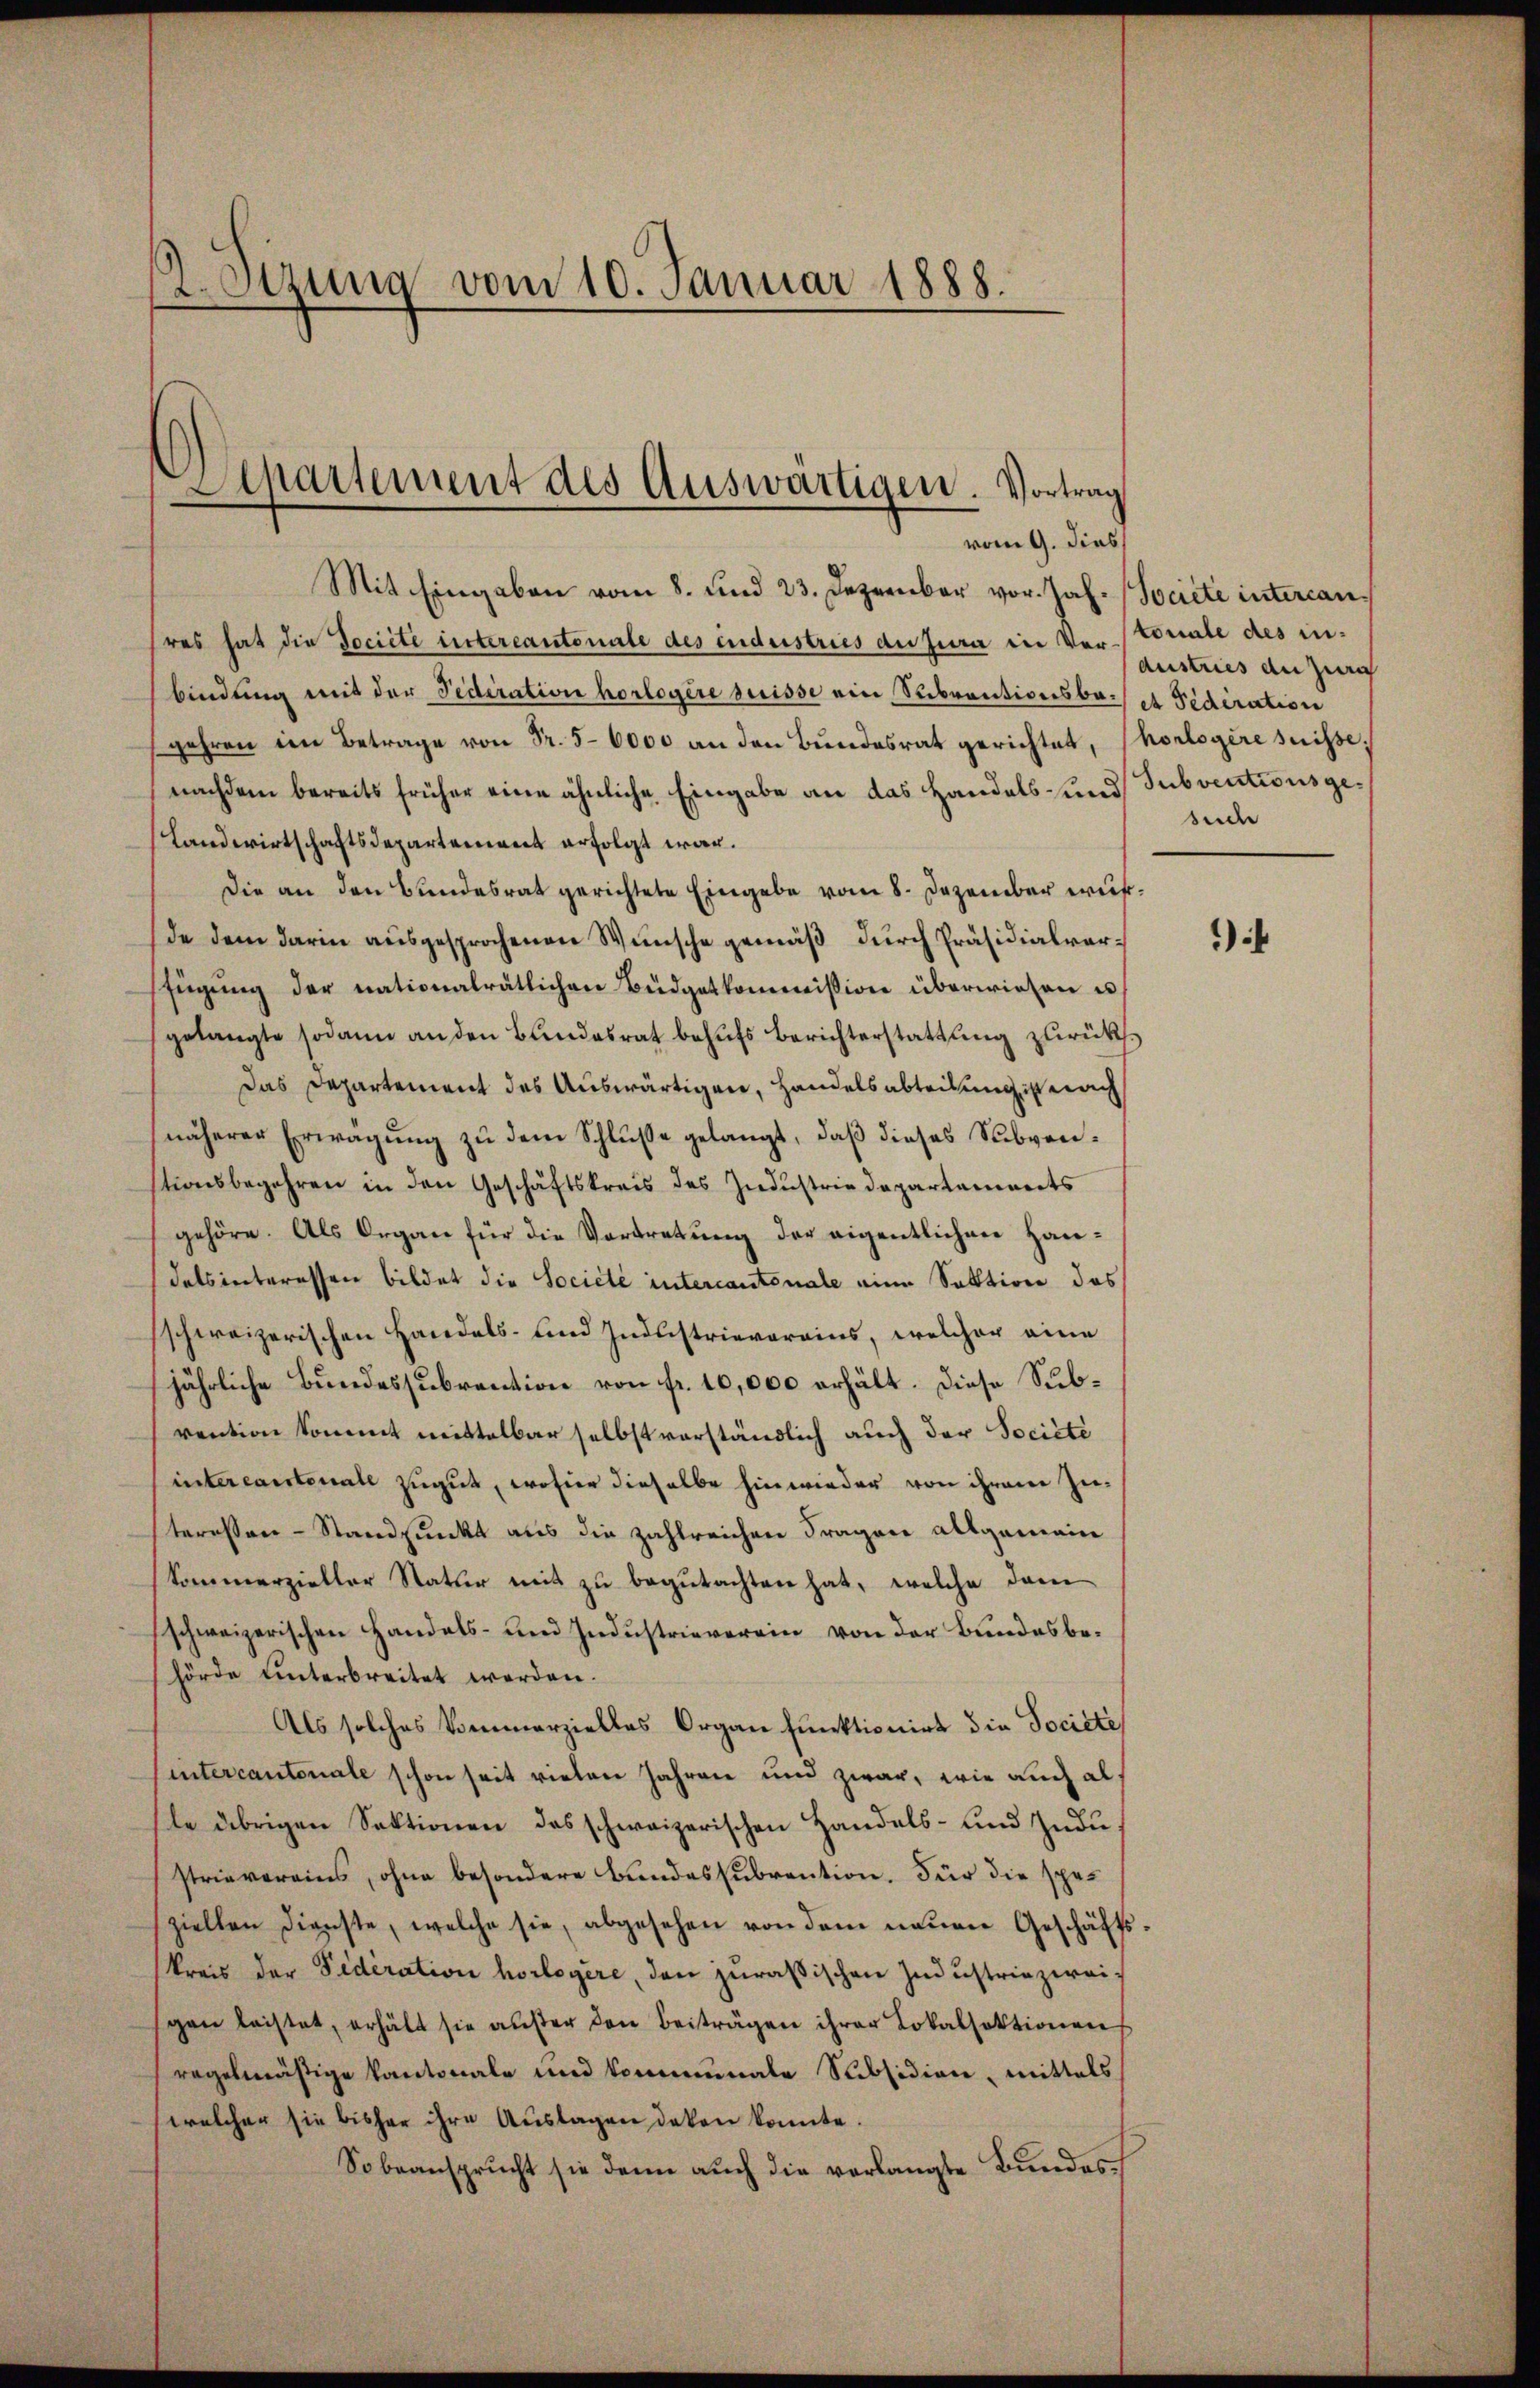
.Stzung vom 10. Januar 1888.

Separtement des Auswärtigen. Vortrag
vom 9. dies

Mit Eingaben vom 8. und 23. Dezember vor. Joh. Societe intercanres hat die Societe eintercantonale des industries du jura in Verstoriale des inbindung mit der Federation horlegere suisse ein Subventionsbagehren den Betrage von Fr. 56000 an den Bundesrat gerichtet,
nachdem bereits früher eine ähnliche Eingabe an das Handels- und
(Landwirtschaftsdepartement erfolgt war.
Die an den Bundesrat gerichtete Eingabe vom 8. Dezember wesde dem darin ausgesprochenen Wunsche gemäß durch Präsidialverfügŭng der nationalrätlichen Büdgetkommission überwiesen u
gelangte sodann an den Bundesrat behŭfs Berichterstattung zurücks.
Das Departement des Auswärtigen, Handelsabteilung ist nach
näherer Erwägung zu dem Schluße gelangt, daß dieses Subventionsbegehren in den Geschäftskreis des Industrie Departements
gehöre. Als Organ für die Vortretung der eigentlichen Handats interessen bildet die Société intercantonale eine Substion das
schweizerischen Handels- und Industrievereins, welcher eine
jährliche Bundessubvention von fr. 10,000 erhält. Diese Subvention kommt mittelbar selbst verständlich auch der Société
interearstenall zugut, wofür dieselbe hinwieder von ihrem Zu-
teressen - Standpunkt aus die zahlreichen Fragen allgemein
Sommerzieller Statur mit zu begutachten hat, welche dann
schweizerischen Handels- und Industrieverein von der Bundesbehörde unterbreitet werden.
Als solches kommerzielles Organ funktionirt die Societe
intercantonale schon seit vielen Jahren und zwar, wie auch alle übrigen Sektionen das schweizerischen Handels- und Zudustrievereins, ohne besondere Bundessubvention. Für die speziellen Dienste, welche sie, abgesehen von dem neuen Geschäfts
kreis der Seideration horlogère, den zuräßischen Industriezweigen leistet, erhält sie aŭβer den Beiträgen ihrer Lokalsektionen
regelmäßige Kantonale und kommenale Subsidion, mittels
welcher sie bisher ihre Auslagen deken konnte.
Sobeansprucht sie denn auch die verlangte Bundes

Austries an Zürich
et Sediration
horlogere suisse,
Subventionsgesede

.

)